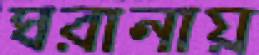
ঘরানায়